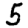
Digit: 5